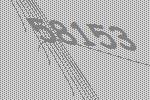
58153